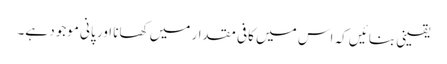
یقینی بنائیں کہ اس میں کافی مقدار میں کھانا اور پانی موجود ہے۔